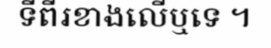
ទីពីរខាងលើឬទេ ។